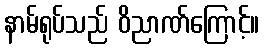
နာမ်ရုပ်သည် ဝိညာဏ်ကြောင့်။